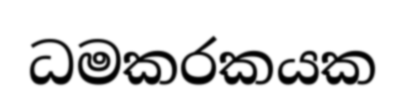
ධමකරකයක